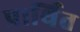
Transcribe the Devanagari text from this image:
प्रार्थित